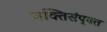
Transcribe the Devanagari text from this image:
भक्तिसंपृक्त